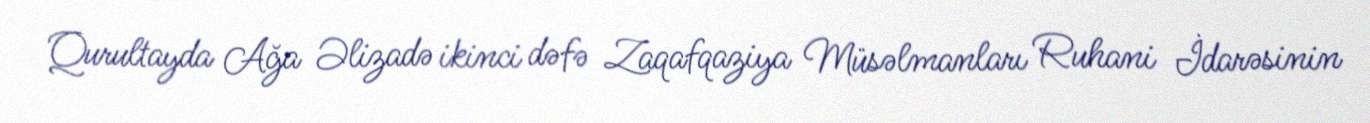
Qurultayda Ağa Əlizadə ikinci dəfə Zaqafqaziya Müsəlmanları Ruhani İdarəsinin